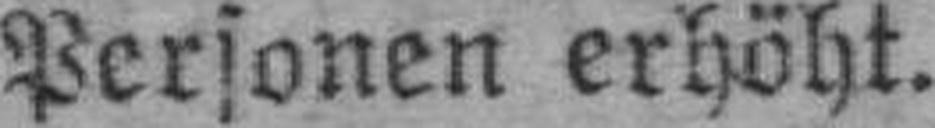
Personen erhöht.